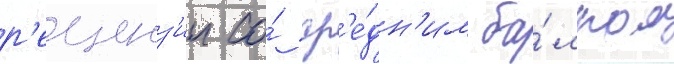
р'еценз'ии со́ ср'е́дн'им ба́ллом